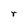
Character: r